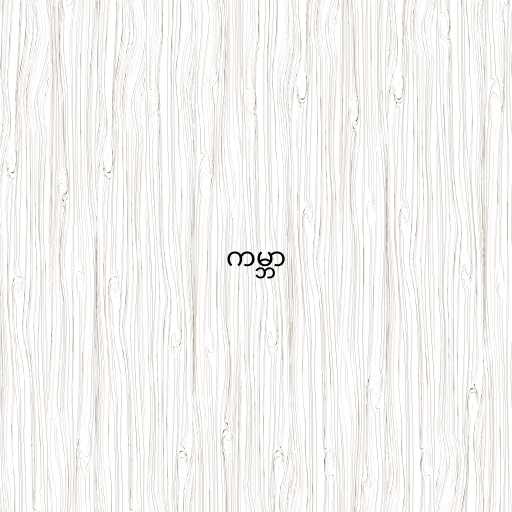
ကမ္ဘာ